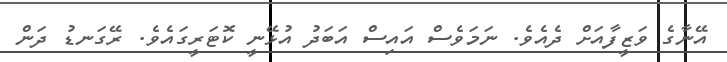
އޭނާގެ ވަޒީފާއަށް ދެއެވެ. ނަމަވެސް އައިސް އަބަދު އުޅޭނީ ކޮޓަރީގައެވެ. ރޭގަނޑު ދަން